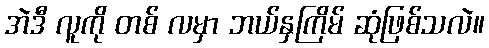
အဲဒီ လူကို တစ် လမှာ ဘယ်နှကြိမ် ဆုံဖြစ်သလဲ။